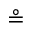
\circeq